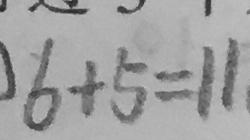
6 + 5 = 1 1